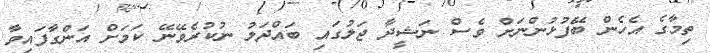
ތިމާގެ އެހެން ބޭފުޅުންނަށް ވެސް ނަޝީދާ ޖަލުގައި ބައްދަލު ނުކުރެވޭނޭ ކަމަށް އަންގާފައިވާ